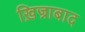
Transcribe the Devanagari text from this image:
ख़िज्राबाद